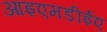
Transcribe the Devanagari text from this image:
आइएमडीईए